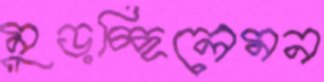
মুড়চ্ছিলেমন